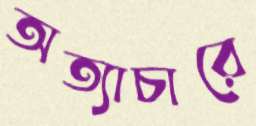
অত্যাচারে